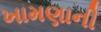
ખામણાની